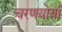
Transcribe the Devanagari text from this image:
चरणयोर्या